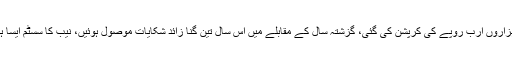
انہوں نے کہا کہ محکمہ سوئی سدرن میں ہزاروں ارب روپے کی کرپشن کی گئی، گزشتہ سال کے مقابلے میں اس سال تین گنا زائد شکایات موصول ہوئیں، نیب کا سسٹم ایسا ہے کہ گرفتاری میں دس ماہ لگ جاتے ہیں۔